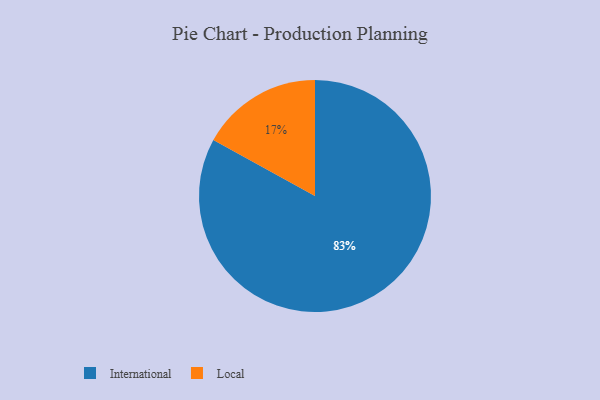
{"axis": {"x": "Category", "y": "Percentage"}, "legend": ["International", "Local"], "data": [{"x": "Local", "y": 17, "type": "Local"}, {"x": "International", "y": 83, "type": "International"}]}